Lunatic asylums United Provinces 1909-1921 - 1909-1921
Year: 1909
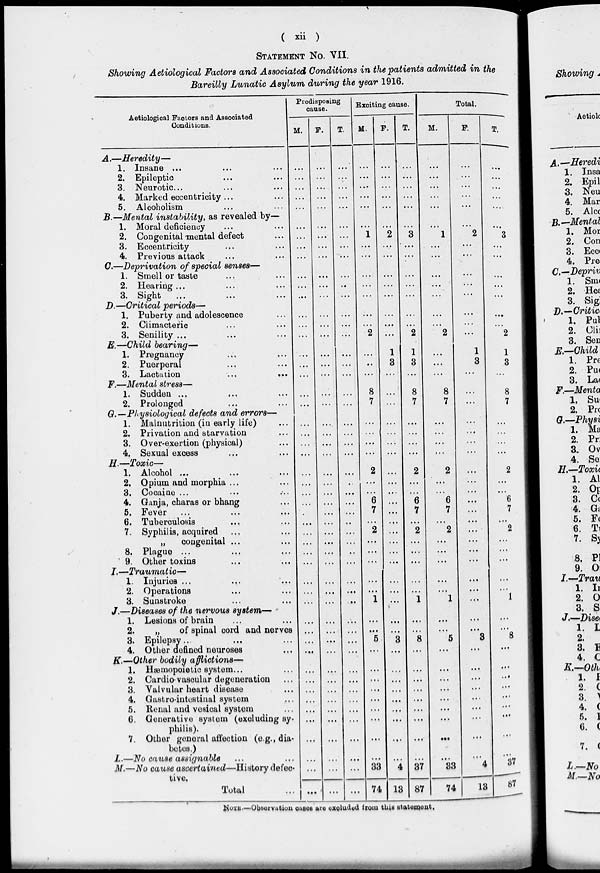
( xii )
STATEMENT No. VII.
Showing Aetiological Factors and Associated Conditions in the patients admitted in the
Bareilly Lunatic Asylum during the year 1916.
Aetiological Factors and Associated
Conditions.
A.—Heredity—
1.
2.
3.
4.
5.
Insane ... … …
Epileptic … …
Neurotic ... …
Marked eccentricity ... …
Alcoholism … …
B.—Mental instability, as revealed by—
1.
2.
3.
4.
Moral deficiency … …
Congenital-mental defect ...
Eccentricity … …
Previous attack … …
C.—Deprivation of special senses—
1.
2.
3.
Smell or taste … …
Hearing ... … …
Sight … … …
D.—Critical periods—
1.
2.
3.
Puberty and adolescence …
Climacteric … …
Senility ... … …
E.—Child bearing—
1.
2.
3.
Pregnancy … …
Puerperal … …
Lactation
…
…
F.—Mental stress—
1.
2.
Sudden ... … …
Prolonged … …
G.—Physiological defects and errors—
1.
2.
3.
4.
Malnutrition (in early life) …
Privation and starvation …
Over-exertion (physical) …
Sexual excess ... ...
H.— Toxic—
1.
2.
3.
4.
5.
6.
7.
8.
9.
Alcohol ... ... ...
Opium and morphia ... …
Cocaine ... … …
Ganja, charas or bhang ...
Fever … … …
Tuberculosis … …
Syphilis, acquired … …
„
congenital ... ...
Plague ... … …
Other toxins … …
I.—Traumatic—
1.
2.
3.
Injuries ...
…
…
Operations … …
Sunstroke … …
J.—Diseases of the nervous
system-
1.
2.
3.
4.
Lesions of brain … …
„
of spinal cord and nerves
Epilepsy...
Other defined neuroses …
K.—Other bodily afflictions—
1.
2.
3.
4.
5.
6.
7.
Hæmopoietic system ... ...
Cardio-vascular degeneration ...
Valvular heart disease …
Gastro-intestinal system ...
Renal and vesical system …
Generative system (excluding syphilis).
Other general affection (e.g., dia-
betes.)
L.—No cause assignable ... ...
M.—No cause ascertained—History defec-
tive.
Total …
Predisposing
cause.
M.
...
...
…
...
…
...
...
...
...
...
…
…
…
...
...
…
...
…
…
...
...
…
…
…
…
...
…
...
…
...
…
…
…
…
…
...
…
...
...
...
…
...
...
…
…
...
...
...
...
...
...
F.
…
...
…
...
...
…
...
…
…
...
…
...
...
...
…
...
…
...
...
…
...
...
…
…
…
...
…
...
…
…
...
...
...
…
…
…
…
...
...
…
…
…
...
…
…
…
…
...
...
...
…
T.
...
...
...
...
…
…
...
...
…
...
…
...
...
...
...
...
...
...
...
…
…
…
…
...
...
…
…
...
…
…
...
…
…
…
…
…
…
…
…
…
…
…
…
…
…
…
...
...
…
...
...
Exciting cause.
M.
...
...
…
…
...
...
1
...
...
...
…
…
...
…
2
...
…
...
8
7
...
...
...
...
2
…
...
6
7
...
2
...
...
…
...
...
1
...
…
5
…
...
…
…
...
...
…
...
...
33
74
F.
…
…
...
...
...
...
2
…
...
...
...
...
...
...
...
1
3
…
...
…
…
…
...
...
...
…
...
...
...
…
...
…
...
…
...
...
...
…
...
3
…
...
…
…
…
...
…
…
...
4
13
T.
…
…
...
...
...
…
3
...
...
...
...
...
...
...
2
1
3
…
8
7
...
...
...
...
2
…
…
6
7
...
2
...
...
...
…
…
1
...
...
8
...
...
...
…
...
…
…
...
...
87
87
Total.
M.
...
…
…
…
...
…
1
…
…
…
…
…
…
…
2
...
...
...
8
7
…
...
...
...
2
...
...
6
7
…
2
…
…
…
…
…
1
...
...
5
...
...
...
...
...
...
...
…
…
83
74
F.
...
…
…
…
...
...
2
...
...
…
…
…
...
...
...
1
3
...
...
...
…
…
...
...
…
...
...
...
...
...
...
...
...
...
…
...
…
…
… 3
...
...
…
…
...
...
...
…
...
4
13
T.
…
…
…
...
…
…
3
…
...
…
…
...
…
…
2
1
3
…
8
7
...
...
...
…
2
...
…
6
7
…
2
...
…
…
…
…
1
...
...
8
…
…
…
...
...
...
…
...
…
37
87
NOTE.—Observation cases are excluded from this statement.